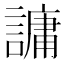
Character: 𮘶